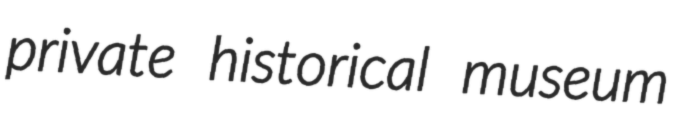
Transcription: private historical museum